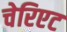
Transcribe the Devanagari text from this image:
चेरिएट